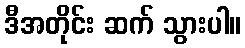
ဒီအတိုင်း ဆက် သွားပါ။